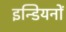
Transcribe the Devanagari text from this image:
इन्डियनों